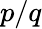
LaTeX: p/q